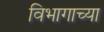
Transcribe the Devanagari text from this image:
विभागाच्‍या